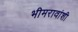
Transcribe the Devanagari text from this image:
भीमरावांशी